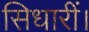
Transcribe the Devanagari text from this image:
सिधारीं।